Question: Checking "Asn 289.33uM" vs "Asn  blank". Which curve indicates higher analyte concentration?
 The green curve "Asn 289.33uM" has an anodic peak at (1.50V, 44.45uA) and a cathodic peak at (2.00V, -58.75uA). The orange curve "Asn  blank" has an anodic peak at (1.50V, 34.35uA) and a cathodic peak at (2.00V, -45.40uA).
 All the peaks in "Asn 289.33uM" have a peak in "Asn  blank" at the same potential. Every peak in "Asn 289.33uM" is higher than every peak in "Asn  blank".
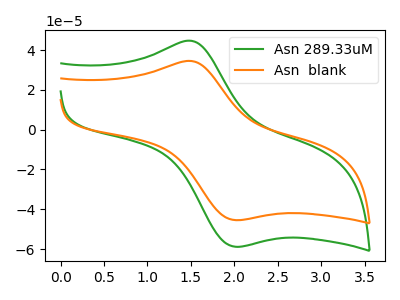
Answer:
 <answer>"Asn 289.33uM" has more signal than "Asn  blank" and so likely has a higher concentration.</answer>
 <eval>more_concentration</eval>